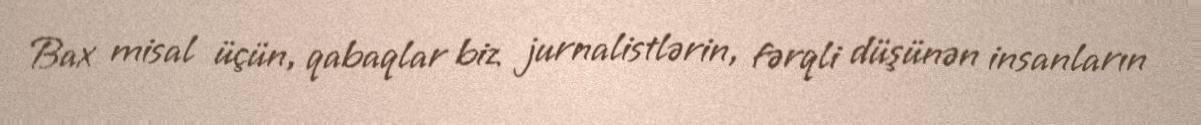
Bax misal üçün, qabaqlar biz jurnalistlərin, fərqli düşünən insanların